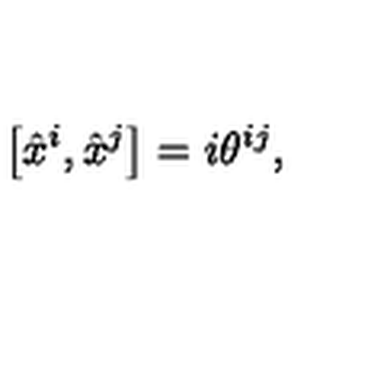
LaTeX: \left[ \hat { x } ^ { i } , \hat { x } ^ { j } \right] = i \theta ^ { i j } ,